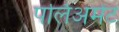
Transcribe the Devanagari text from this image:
पर्लिअमेंट